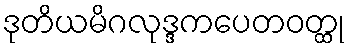
ဒုတိယမိဂလုဒ္ဒကပေတဝတ္ထု